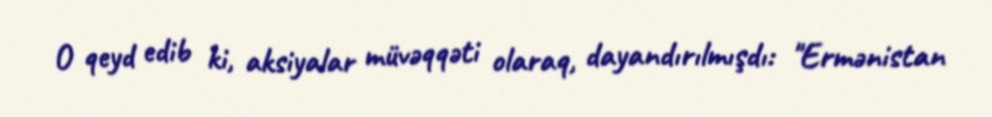
O qeyd edib ki, aksiyalar müvəqqəti olaraq, dayandırılmışdı: "Ermənistan